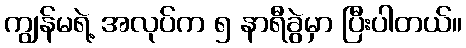
ကျွန်မရဲ့ အလုပ်က ၅ နာရီခွဲမှာ ပြီးပါတယ်။